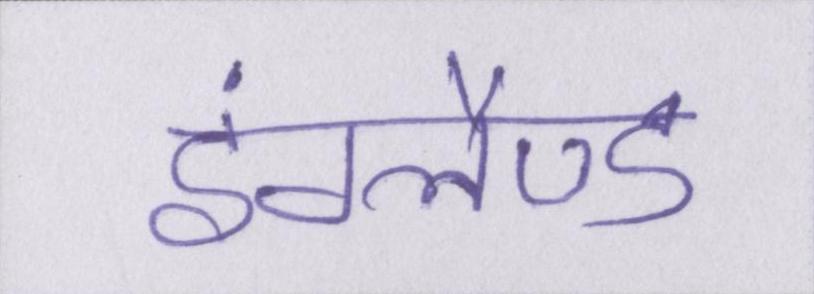
इंग्लैण्ड